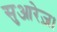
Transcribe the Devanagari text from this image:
सुआरेज़।